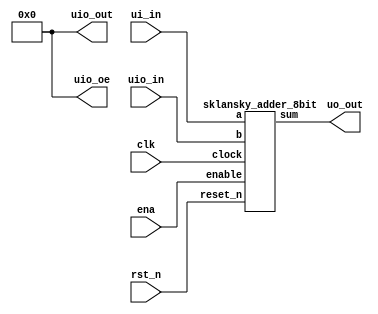
/*
 * Copyright (c) 2024 Daniel Burke
 * SPDX-License-Identifier: Apache-2.0
 */

`timescale 1ns / 1ps
`define default_netname none

module tt_um_drburke3_top (
    input  wire [7:0] ui_in,    // Dedicated inputs
    output wire [7:0] uo_out,   // Dedicated outputs
    input  wire [7:0] uio_in,   // IOs: Input path
    output wire [7:0] uio_out,  // IOs: Output path
    output wire [7:0] uio_oe,   // IOs: Enable path (active high: 0=input, 1=output)
    input  wire       ena,      // will go high when the design is enabled
    input  wire       clk,      // clock
    input  wire       rst_n     // reset_n - low to reset
);

  // All output pins must be assigned. If not used, assign to 0.
  /// assign uo_out  = ui_in + uio_in;  
  // Example: ou_out is the sum of ui_in and uio_in
  assign uio_out = 0;
  assign uio_oe  = 0;

sklansky_adder_8bit my_adder(
.a      (ui_in[7:0]),   // input a
.sum    (uo_out[7:0]),  // addition out
.b      (uio_in[7:0]),  // input b
.enable (ena),          // will go high when the design is enabled
.clock  (clk),          // clock
.reset_n  (rst_n)       // reset 
);

endmodule


/////////////////////////////////////////////////////////////////////////////////////////////////////////////
// Fast 8b Sklansky Adder                                                                                  //
//                                                                                                         //
// Designer: Github fluffybird2323 generator                                                               //
// https://github.com/fluffybird2323/n-bit-sklansky-adder-code-generator-notebook/blob/master/README.Black //
//                                                                                                         //
// This component is bit-sliced expandable, structural code                                                //
// re-expressed in the AND-INV format to target optimized ABC9                                             //
// AIG graph synthesis in OpenLane (currently commented out until ABC9 is implemented                      //
// since results can be incorrect without precise prop delays).                                            //
//                                                                                                         //
// The element is scaled by repeating the Black-Gray cell modules                                          // 
// as needed taking the outputs from the proceeding bit as inputs                                          // 
// as below.                                                                                               //
//                                                                                                         //
/////////////////////////////////////////////////////////////////////////////////////////////////////////////


/* Generated 8 bit sklansky adder 
In this adder, binary tree of propagate and generate 
cells will first simultaneously generate all the carries, Cin. 
It builds recursively 2-bit adders then 4-bit adders, 8-bit adders, 
16-bit adder and so on by abutting each time two smaller adders. 
*/

module sklansky_adder_8bit(a,b,sum,enable,clock,reset_n);
input [7:0] a;
input [7:0] b;
output reg [7:0] sum;
input  enable;
input  clock;
input  reset_n;

// declare array wires
wire [8:0] g [8:0];
wire [8:0] p [8:0];

assign g[0][0]=1'b0;
assign p[0][0]=1'b0;
	
	generate_propagate GeneratePropagate_00(a[0],b[0],g[1][1],p[1][1]);
	generate_propagate GeneratePropagate_01(a[1],b[1],g[2][2],p[2][2]);
    generate_propagate GeneratePropagate_02(a[2],b[2],g[3][3],p[3][3]);
	generate_propagate GeneratePropagate_03(a[3],b[3],g[4][4],p[4][4]);
	generate_propagate GeneratePropagate_04(a[4],b[4],g[5][5],p[5][5]);
	generate_propagate GeneratePropagate_05(a[5],b[5],g[6][6],p[6][6]);
	generate_propagate GeneratePropagate_06(a[6],b[6],g[7][7],p[7][7]);
	generate_propagate GeneratePropagate_07(a[7],b[7],g[8][8],p[8][8]);

/// nomenclature is first number is clock level (1 is highest)
/// nomenclature is second number is bit position (0 is rightmost)

/// Level 1:	
	gray_cell GrayCell_1_1(g[1][1],p[1][1],g[0][0],g[1][0]);
	black_cell BlackCell_1_3(g[3][3],p[3][3],g[2][2],p[2][2],g[3][2],p[3][2]);
	black_cell BlackCell_1_5(g[5][5],p[5][5],g[4][4],p[4][4],g[5][4],p[5][4]);
	black_cell BlackCell_1_7(g[7][7],p[7][7],g[6][6],p[6][6],g[7][6],p[7][6]);
	
/// Level 2:
	gray_cell grayCell_2_2(g[2][2],p[2][2],g[1][0],g[2][0]);
	gray_cell grayCell_2_3(g[3][2],p[3][2],g[1][0],g[3][0]);
	black_cell BlackCell_2_6(g[6][6],p[6][6],g[5][4],p[5][4],g[6][4],p[6][4]);
	black_cell BlackCell_2_7(g[7][6],p[7][6],g[5][4],p[5][4],g[7][4],p[7][4]);
	
/// Level 3:
	gray_cell GrayCell_3_4(g[4][4],p[4][4],g[3][0],g[4][0]);
	gray_cell grayCell_3_5(g[5][4],p[5][4],g[3][0],g[5][0]);
	gray_cell grayCell_3_6(g[6][4],p[6][4],g[3][0],g[6][0]);
	gray_cell grayCell_3_7(g[7][4],p[7][4],g[3][0],g[7][0]);
	
/// Level 4: (if carry out needed)
///	gray cell_4_8(g[8][8],p[8][8],g[7][0],g[8][0]);

always @(posedge clock)
begin
	if(reset_n == 1'b0)
        begin
            sum = 8'b00000000;      
        end 
	else if(enable == 1'b1)
        begin
         /* original naive structural Verilog code
            	sum[0] <= g[0][0]^p[1][1];
		sum[1] <= g[1][0]^p[2][2];
	       	sum[2] <= g[2][0]^p[3][3];
	      	sum[3] <= g[3][0]^p[4][4];
	       	sum[4] <= g[4][0]^p[5][5];
	       	sum[5] <= g[5][0]^p[6][6];
	       	sum[6] <= g[6][0]^p[7][7];
	       	sum[7] <= g[7][0]^p[8][8];  
	     */
	        sum[0] <= ~(~g[0][0]&~p[1][1]);
	        sum[1] <= ~(~g[1][0]&~p[2][2]);
	       	sum[2] <= ~(~g[2][0]&~p[3][3]);
	      	sum[3] <= ~(~g[3][0]&~p[4][4]);
	       	sum[4] <= ~(~g[4][0]&~p[5][5]);
	       	sum[5] <= ~(~g[5][0]&~p[6][6]);
	       	sum[6] <= ~(~g[6][0]&~p[7][7]);
	       	sum[7] <= ~(~g[7][0]&~p[8][8]);   
    end 
end
	
endmodule

// Generate Propagate code
module generate_propagate(A,B,G,P);
input A,B;
output G,P;
assign G = A&B;
// original naive structural Verilog code
assign P = A^B;
// future AIG code
// assign P = ~(~A & ~B);
endmodule

// Gray module code
// re-expressed in AND-INV form for optimal processing in ABC9 AIG graph format
module gray_cell(G4_3,P4_3,G2_2,G4_2);
  input G4_3,P4_3,G2_2;
  output G4_2;
  wire signal;
  assign signal = P4_3 & G2_2;
// original naive structural Verilog code
  assign G4_2=signal | G4_3;
// future AIG code
// assign G4_2 = ~(~signal & ~G4_3);
  
  
endmodule

// Black module code
// re-expressed in AND-INV form for optimal processing in ABC9 AIG graph format
module black_cell(G6_8,P6_8,G7_10,P7_10,G6_10,P6_10);
  input G6_8,P6_8,G7_10,P7_10;
  output G6_10,P6_10;
  wire signal;
  assign signal = P6_8 & G7_10;
// original naive structural Verilog code
  assign G6_10=signal | G6_8;
// future AIG code
// assign G6_10 = ~(~signal & ~G6_8);
  assign P6_10=P6_8 & P7_10;
endmodule